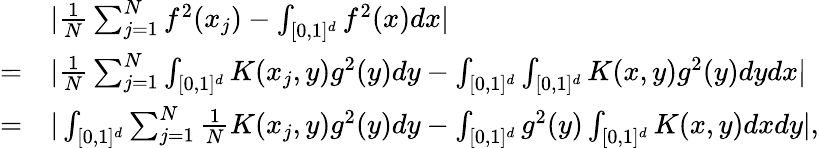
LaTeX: \begin{array}{rl}&{|\frac{1}{N}\sum_{j=1}^{N}f^{2}(x_{j})-\int_{[0,1]^{d}}f^{2}(x)dx|}\\ {=}&{|\frac{1}{N}\sum_{j=1}^{N}\int_{[0,1]^{d}}K(x_{j},y)g^{2}(y)dy-\int_{[0,1]^{d}}\int_{[0,1]^{d}}K(x,y)g^{2}(y)dydx|}\\ {=}&{|\int_{[0,1]^{d}}\sum_{j=1}^{N}\frac{1}{N}K(x_{j},y)g^{2}(y)dy-\int_{[0,1]^{d}}g^{2}(y)\int_{[0,1]^{d}}K(x,y)dxdy|,}\end{array}